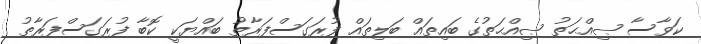
ކަވާސާ ޞިއްޙަތު ޞިއްޙަތުގެ ބައިތައް ބަލިތައް ފުރަގަސްފަރާތު ބައްޔަކީ ކޮބާ ފުރަގަސްފަރާތު